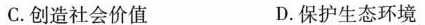
C.创造社会价值 D.保护生态环境